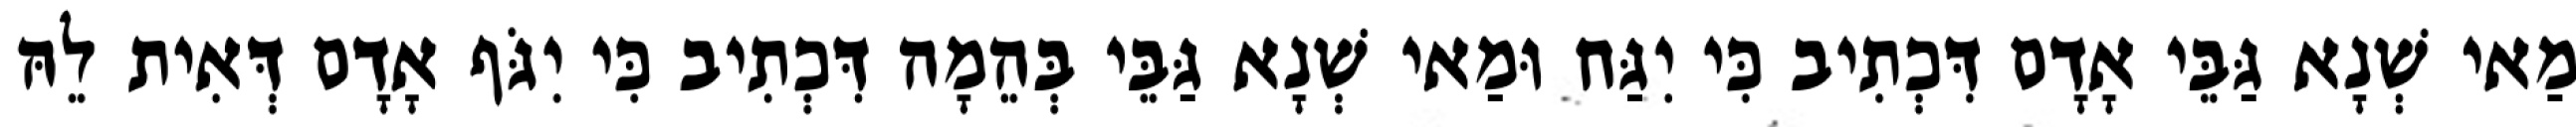
מַאי שְׁנָא גַּבֵּי אָדָם דִּכְתִיב כִּי יִגַּח וּמַאי שְׁנָא גַּבֵּי בְּהֵמָה דִּכְתִיב כִּי יִגֹּף אָדָם דְּאִית לֵהּ